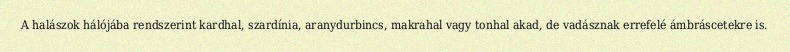
A halászok hálójába rendszerint kardhal, szardínia, aranydurbincs, makrahal vagy tonhal akad, de vadásznak errefelé ámbráscetekre is.